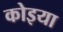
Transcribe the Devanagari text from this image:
कोइया